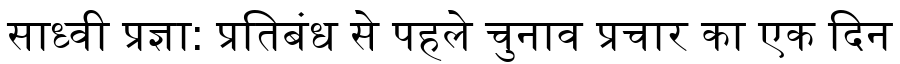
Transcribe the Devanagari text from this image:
साध्वी प्रज्ञा: प्रतिबंध से पहले चुनाव प्रचार का एक दिन